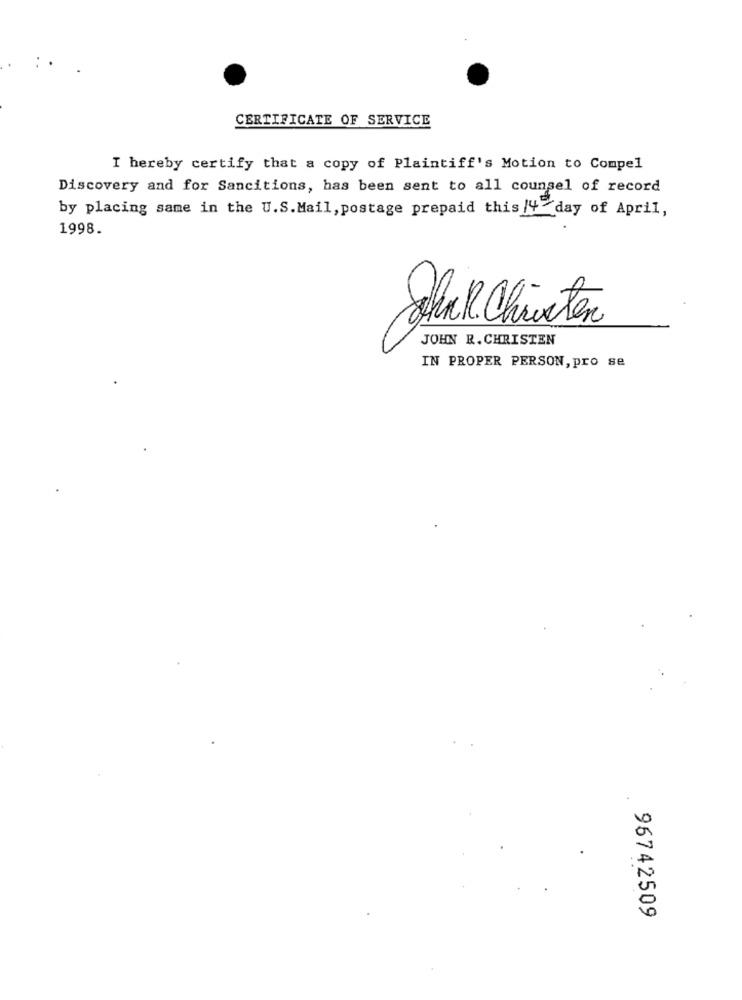
CERTIFICATE OF SERVICE
I hereby certify that a copy of Plaintiff's Motion to Compel
Discovery and for Sancitions, has been sent to all counsel of record
by placing same in the U.S.Mail, postage prepaid this /4-day of April,
1998.
Shak Christen
JOHN R. CHRISTEN
IN PROPER PERSON, pro se
.
96742509